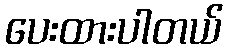
ပေးထားပါတယ်